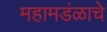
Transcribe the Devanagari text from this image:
महामडंळाचे